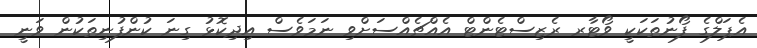
އެޕަލްގެ ފޯނުތަކަކީ ވޯޓާރ ރެޒިސްޓެންޓް އެއްޗެއްސަށްވި ނަމަވެސް އިދިކޮޅު ގިނަ ކުންފުނިތަކުން ވަނީ